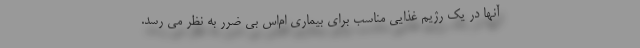
آنها در یک رژیم غذایی مناسب برای بیماری ام‌اس بی ضرر به نظر می رسد.